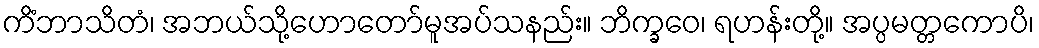
ကိံဘာသိတံ၊ အဘယ်သို့ဟောတော်မူအပ်သနည်း။ ဘိက္ခဝေ၊ ရဟန်းတို့။ အပ္ပမတ္တကောပိ၊